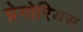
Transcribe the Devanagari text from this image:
ग्रेगोरियस